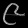
Digit: ၉